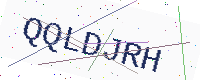
Text: QQLDJRH